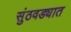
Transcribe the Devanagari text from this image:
सुंठवड्यात